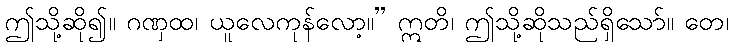
ဤသို့ဆို၍။ ဂဏှထ၊ ယူလေကုန်လော့။” ဣတိ၊ ဤသို့ဆိုသည်ရှိသော်။ တေ၊